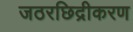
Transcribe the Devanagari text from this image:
जठरछिद्रीकरण